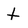
Character: t